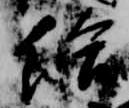
給